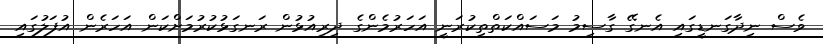
ވެސް ނިދާގަނޑީގައި އެނގޭ ގާސިމު މަސައްކަތްތިކުރަނީ އަހަރުމެންގެ ދިރިއުޅުން ރަނގަޅުކުރުމަށްކަން އަހަރެން އުފަލުގައި